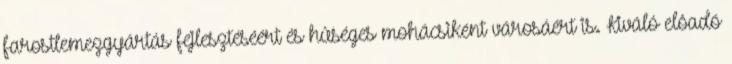
farostlemezgyártás fejlesztéséért és hûséges mohácsiként városáért is. Kiváló elôadó